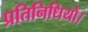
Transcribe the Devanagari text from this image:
प्रतिनिधियों।